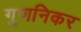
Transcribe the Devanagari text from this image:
गुणनिकर